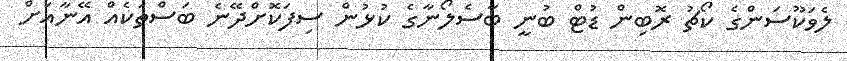
ލެވަކޫސަންގެ ކޯޗު ރޮބިން ޑުޓް ބުނީ ބާސެލޯނާގެ ކުޅުން ސިފަކޮށްދޭނެ ބަސްތަކެއް އޭނާއަށް